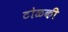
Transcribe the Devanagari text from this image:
टोळकी